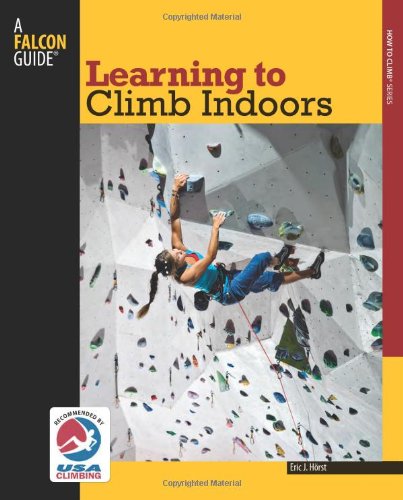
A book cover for Learning to Climb Indoors (How To Climb Series); Eric Horst; Sports & Outdoors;